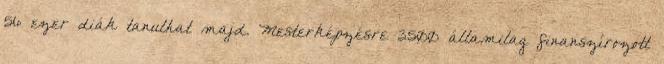
56 ezer diák tanulhat majd. Mesterképzésre 3500 államilag finanszírozott